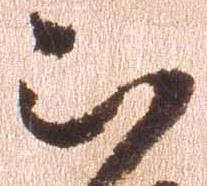
被